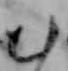
む